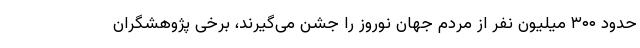
حدود ۳۰۰ میلیون نفر از مردم جهان نوروز را جشن می‌گیرند، برخی پژوهشگران